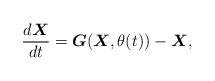
LaTeX: \begin{align*}\frac{d\boldsymbol{X}}{dt} = \boldsymbol{G}(\boldsymbol{X},\theta(t)) - \boldsymbol{X},\end{align*}